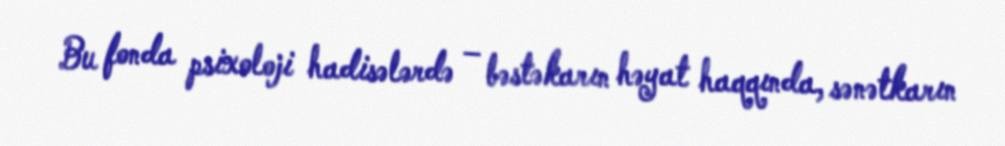
Bu fonda psixoloji hadisələrdə – bəstəkarın həyat haqqında, sənətkarın